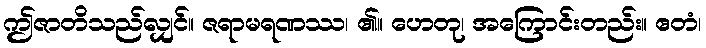
ဤဇာတိသည်လျှင်။ ဇရာမရဏဿ၊ ၏။ ဟေတု၊ အကြောင်းတည်း။ ဧတံ၊